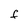
Character: f